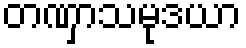
တဏှာသမုဒယာ